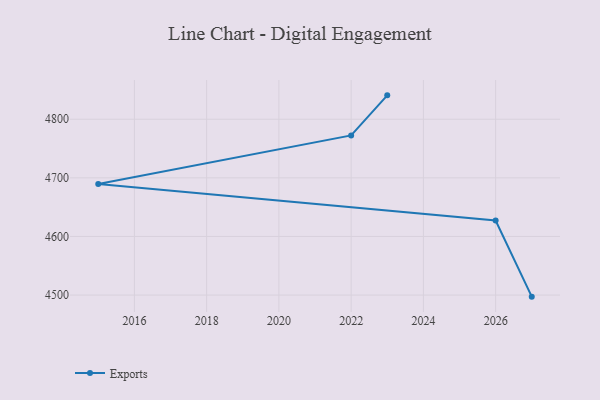
{"axis": {"x": "Year", "y": "Bounce Rate (%)"}, "legend": ["Exports"], "data": [{"x": "2027", "y": 4497.3, "type": "Exports"}, {"x": "2026", "y": 4627.1, "type": "Exports"}, {"x": "2015", "y": 4689.5, "type": "Exports"}, {"x": "2022", "y": 4772.4, "type": "Exports"}, {"x": "2023", "y": 4840.7, "type": "Exports"}]}